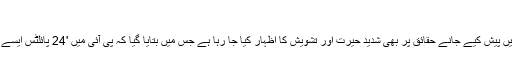
'
اس کے ساتھ استھ اس کیس میں پیش کیے جانے حقائق پر بھی شدید حیرت اور تشویش کا اظہار کیا جا رہا ہے جس میں بتایا گیا کہ پی آئی میں '24 پائلٹس ایسے ہیں جن کی ڈگریاں جعلی ہیں۔